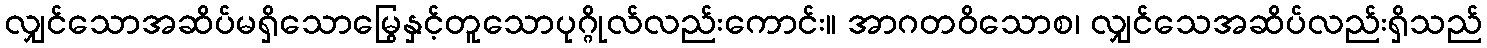
လျှင်သောအဆိပ်မရှိသောမြွေနှင့်တူသောပုဂ္ဂိုလ်လည်းကောင်း။ အာဂတဝိသောစ၊ လျှင်သေအဆိပ်လည်းရှိသည်